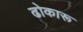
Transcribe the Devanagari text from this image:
ढोकारू